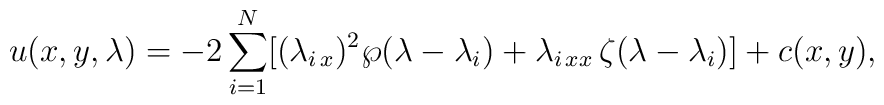
u(x,y,\lambda)=-2\sum_{i=1}^N \bigl[ (\lambda_{i\,x})^2\wp(\lambda-\lambda_i)+\lambda_{i\,xx}\,\zeta(\lambda-\lambda_i) \bigr] +c(x,y),